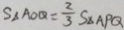
S _ { \Delta A O Q } = \frac { 2 } { 3 } S _ { \Delta A P Q }